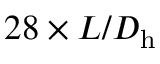
2 8 \times L / D _ { \mathrm { h } }